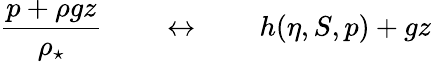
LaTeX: \frac{p+\rho gz}{\rho_{\star}}\qquad\leftrightarrow\qquad h(\eta,S,p)+gz